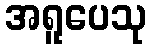
အရူပေသု